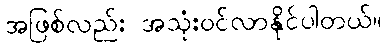
အဖြစ်လည်း အသုံးဝင်လာနိုင်ပါတယ်။